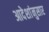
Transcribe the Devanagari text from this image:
आदेशांनुसार